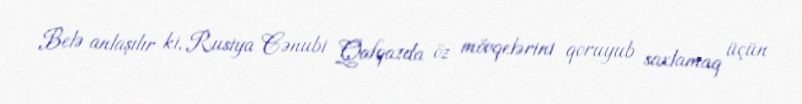
Belə anlaşılır ki, Rusiya Cənubi Qafqazda öz mövqelərini qoruyub saxlamaq üçün